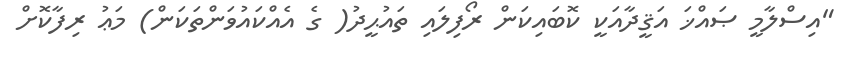
"އިސްލާމީ ޞައްޚަ އަޤީދާއަކީ ކޮބައިކަން ރޯފިލައި ތައުޙީދު( ގެ އެއްކައުވަންތަކަން) މަޢު ރިފާކޮށް